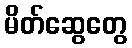
မိတ်ဆွေတွေ